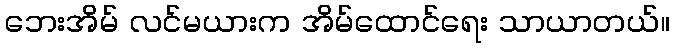
ဘေးအိမ် လင်မယားက အိမ်ထောင်ရေး သာယာတယ်။